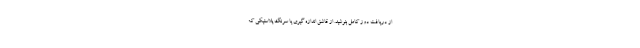
از دریافت دوز کامل بنوشید. از قاشق اندازه گیری یا سرنگ پلاستیکی که